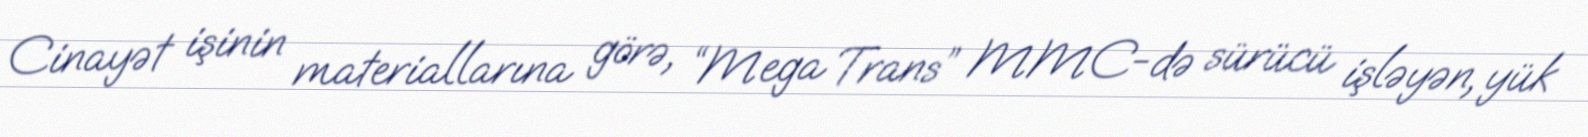
Cinayət işinin materiallarına görə, “Mega Trans” MMC-də sürücü işləyən, yük